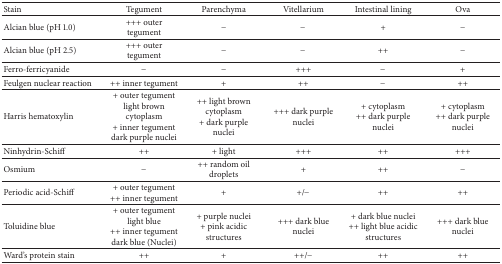
<table><thead><tr><td><b>Stain</b></td><td><b>Tegument</b></td><td><b>Parenchyma</b></td><td><b>Vitellarium</b></td><td><b>Intestinal lining</b></td><td><b>Ova</b></td></tr></thead><tbody><tr><td>Alcian blue (pH 1.0)</td><td>+++ outer tegument </td><td>−</td><td>−</td><td>+</td><td>−</td></tr><tr><td>Alcian blue (pH 2.5)</td><td>+++ outer tegument </td><td>−</td><td>−</td><td>++</td><td>−</td></tr><tr><td>Ferro-ferricyanide</td><td>−</td><td>−</td><td>+++</td><td>−</td><td>+</td></tr><tr><td>Feulgen nuclear reaction</td><td>++ inner tegument </td><td>+ </td><td>++</td><td>−</td><td>++</td></tr><tr><td>Harris hematoxylin</td><td>+ outer tegument light brown cytoplasm + inner tegument dark purple nuclei </td><td>++ light brown cytoplasm + dark purple nuclei</td><td>+++ dark purple nuclei</td><td>+ cytoplasm ++ dark purple nuclei</td><td>+ cytoplasm ++ dark purple nuclei </td></tr><tr><td>Ninhydrin-Schiff</td><td>++</td><td>+ light</td><td>+++</td><td>++</td><td>+++</td></tr><tr><td>Osmium</td><td>−</td><td>++ random oil droplets</td><td>+</td><td>++</td><td>−</td></tr><tr><td>Periodic acid-Schiff</td><td>+ outer tegument++ inner tegument</td><td>+</td><td>+/−</td><td>++</td><td>++</td></tr><tr><td>Toluidine blue</td><td>+ outer tegument light blue ++ inner tegument dark blue (Nuclei)</td><td>+ purple nuclei+ pink acidic structures</td><td>+++ dark blue nuclei</td><td>+ dark blue nuclei++ light blue acidic structures</td><td>+++ dark blue nuclei</td></tr><tr><td>Ward&#x27;s protein stain</td><td>++</td><td>+</td><td>++/−</td><td>++</td><td>++</td></tr></tbody></table>